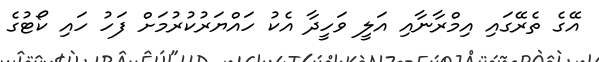
އޭގެ ތެރޭގައި އިމްރާނާއި އަލީ ވަހީދާ އެކު ހައްޔަރުކުރުމަށް ފަހު ހައި ކޯޓުގެ